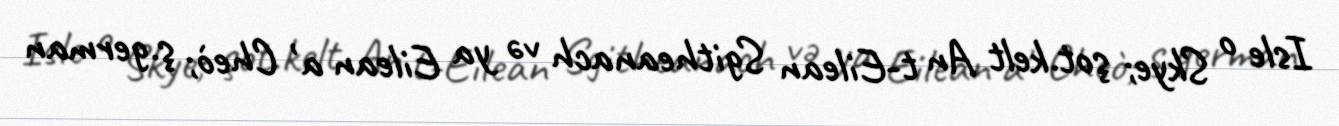
Isle o Skye; şot.kelt An t-Eilean Sgitheanach və ya Eilean a' Cheò; ş.german